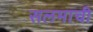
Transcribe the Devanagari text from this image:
सलमाची